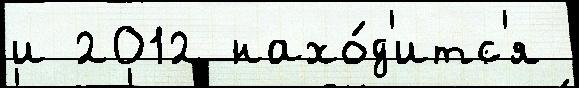
и 2012 нахо́д'итс'я